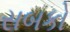
સબકો